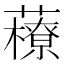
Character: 䕩